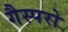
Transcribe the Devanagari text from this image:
गैस्परो